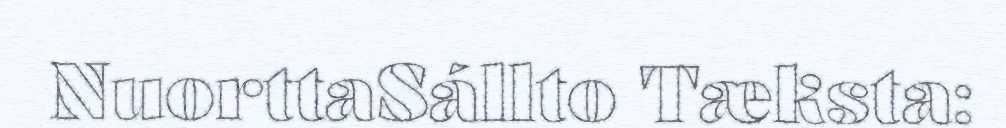
NuorttaSállto Tæksta: